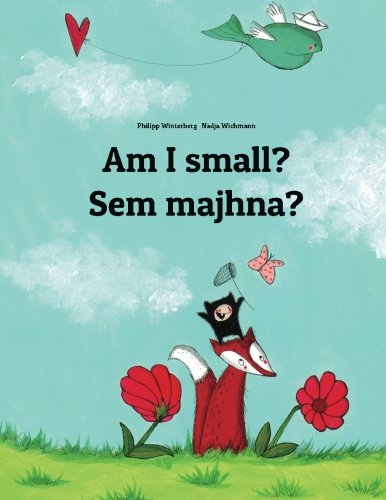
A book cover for Am I small? Sem majhna?: Children's Picture Book English-Slovenian (Bilingual Edition); Philipp Winterberg; Children's Books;